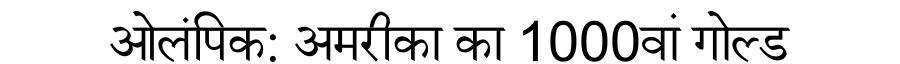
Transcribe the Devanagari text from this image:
ओलंपिक: अमरीका का 1000वां गोल्ड